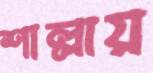
শাল্লায়